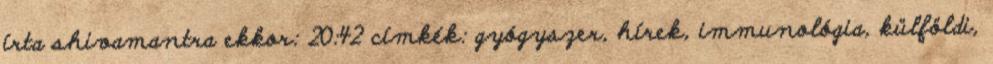
írta shivamantra ekkor: 20:42 címkék: gyógyszer, hírek, immunológia, külföldi,